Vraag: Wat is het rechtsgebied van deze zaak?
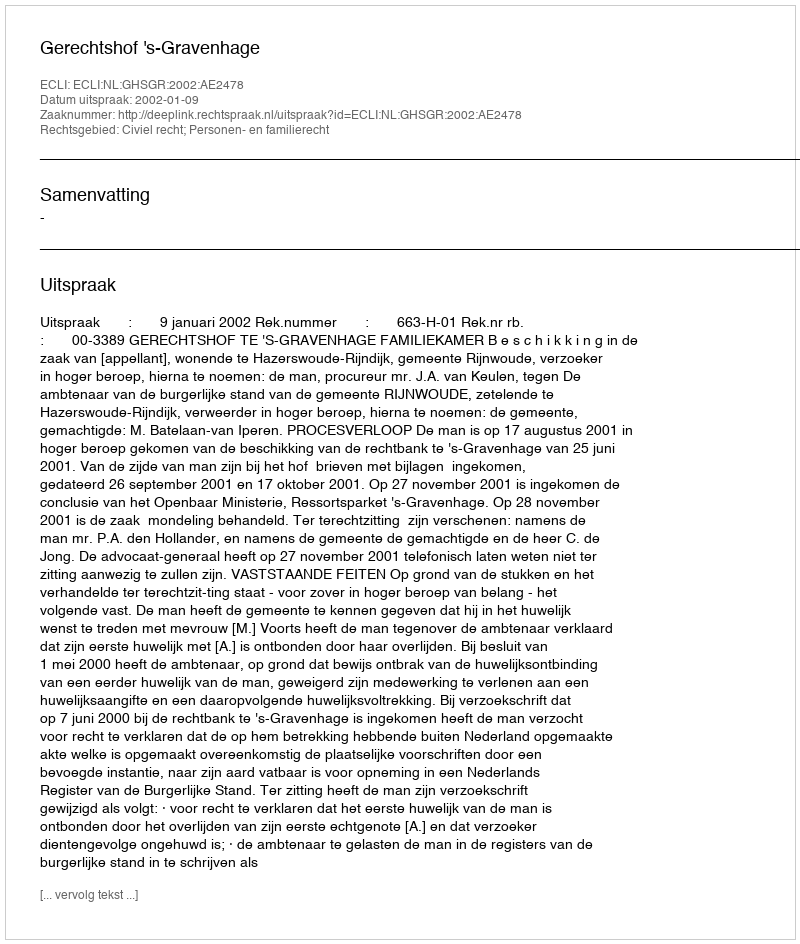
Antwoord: Civiel recht; Personen- en familierecht